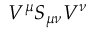
V ^ { \mu } S _ { \mu \nu } V ^ { \nu }